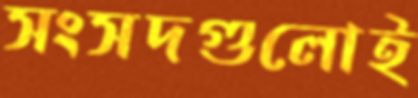
সংসদগুলোই